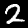
Digit: 2